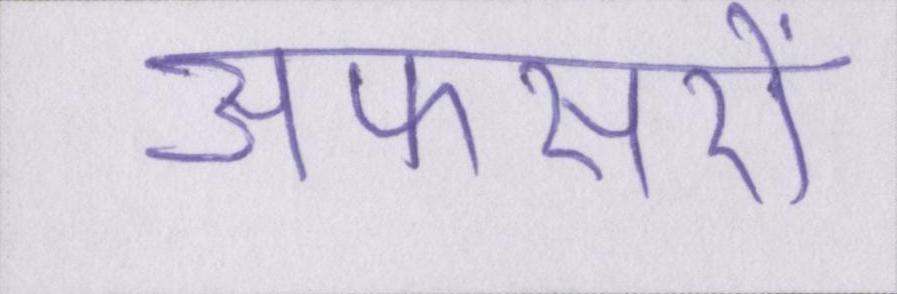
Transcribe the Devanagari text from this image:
अफसरों